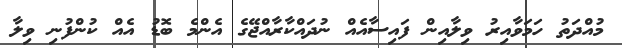
މުއްދަތު ހަމަވާއިރު ވިލާއިން ފައިސާއެއް ނުދައްކާރާއްޖޭގެ އެންމެ ބޮޑު އެއް ކުންފުނި ވިލާ